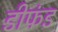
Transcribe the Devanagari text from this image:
डीफंड